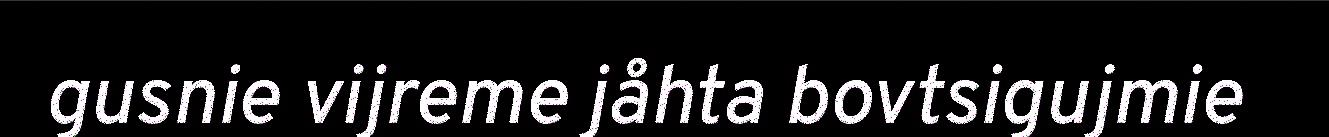
gusnie vijreme jåhta bovtsigujmie